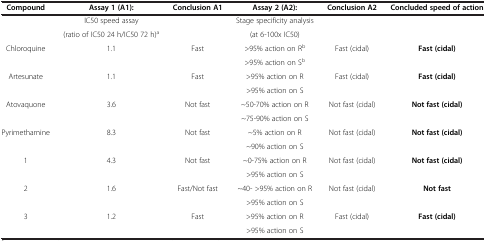
<table><thead><tr><td><b>Compound</b></td><td><b>Assay 1 (A1):</b></td><td><b>Conclusion A1</b></td><td><b>Assay 2 (A2):</b></td><td><b>Conclusion A2</b></td><td><b>Concluded speed of action</b></td></tr></thead><tbody><tr><td> </td><td>IC50 speed assay</td><td> </td><td>Stage specificity analysis</td><td> </td><td> </td></tr><tr><td> </td><td>(ratio of IC50 24 h/IC50 72 h)<sup>a</sup></td><td> </td><td>(at 6-100x IC50)</td><td> </td><td> </td></tr><tr><td>Chloroquine</td><td>1.1</td><td>Fast</td><td>&gt;95% action on R<sup>b</sup></td><td>Fast (cidal)</td><td><b>Fast (cidal)</b></td></tr><tr><td> </td><td> </td><td> </td><td>&gt;95% action on S<sup>b</sup></td><td> </td><td> </td></tr><tr><td>Artesunate</td><td>1.1</td><td>Fast</td><td>&gt;95% action on R</td><td>Fast (cidal)</td><td><b>Fast (cidal)</b></td></tr><tr><td> </td><td> </td><td> </td><td>&gt;95% action on S</td><td> </td><td> </td></tr><tr><td>Atovaquone</td><td>3.6</td><td>Not fast</td><td>~50-70% action on R</td><td>Not fast (cidal)</td><td><b>Not fast (cidal)</b></td></tr><tr><td> </td><td> </td><td> </td><td>~75-90% action on S</td><td> </td><td> </td></tr><tr><td>Pyrimethamine</td><td>8.3</td><td>Not fast</td><td>~5% action on R</td><td>Not fast (cidal)</td><td><b>Not fast (cidal)</b></td></tr><tr><td> </td><td> </td><td> </td><td>~90% action on S</td><td> </td><td> </td></tr><tr><td>1</td><td>4.3</td><td>Not fast</td><td>~0-75% action on R</td><td>Not fast (cidal)</td><td><b>Not fast (cidal)</b></td></tr><tr><td> </td><td> </td><td> </td><td>&gt;95% action on S</td><td> </td><td> </td></tr><tr><td>2</td><td>1.6</td><td>Fast/Not fast</td><td>~40- &gt;95% action on R</td><td>Not fast (cidal)</td><td><b>Not fast</b></td></tr><tr><td> </td><td> </td><td> </td><td>&gt;95% action on S</td><td> </td><td> </td></tr><tr><td>3</td><td>1.2</td><td>Fast</td><td>&gt;95% action on R</td><td>Fast (cidal)</td><td><b>Fast (cidal)</b></td></tr><tr><td> </td><td> </td><td> </td><td>&gt;95% action on S</td><td> </td><td> </td></tr></tbody></table>